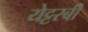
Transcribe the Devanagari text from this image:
येट्टरबी